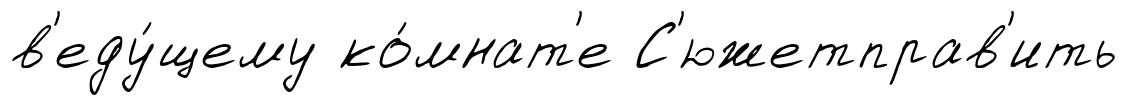
в'еду́щему ко́мнат'е С'южетправ'ить